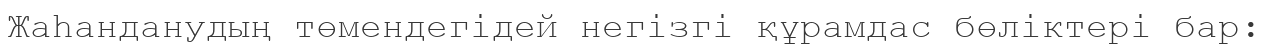
Жаһанданудың төмендегідей негізгі құрамдас бөліктері бар: